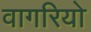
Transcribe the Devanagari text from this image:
वागरियो